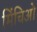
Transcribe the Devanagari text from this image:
मिंचिओ